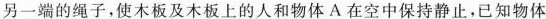
另一端的绳子，使木板及木板上的人和物体A在空中保持静止，已知物体